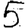
Digit: 5